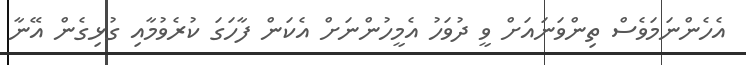
އެހެންނަމަވެސް ތިންވަނައަށް ވީ ދުވަހު އެމީހުންނަށް އެކަން ފާހަގަ ކުރެވުމާއި ގުޅިގެން އޭނާ